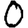
Digit: 0